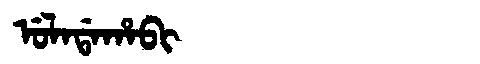
Manchu: ᡠᠯᠠᡩᠠᡥᠠᠪᡳ
Romanization: ULADAHABI